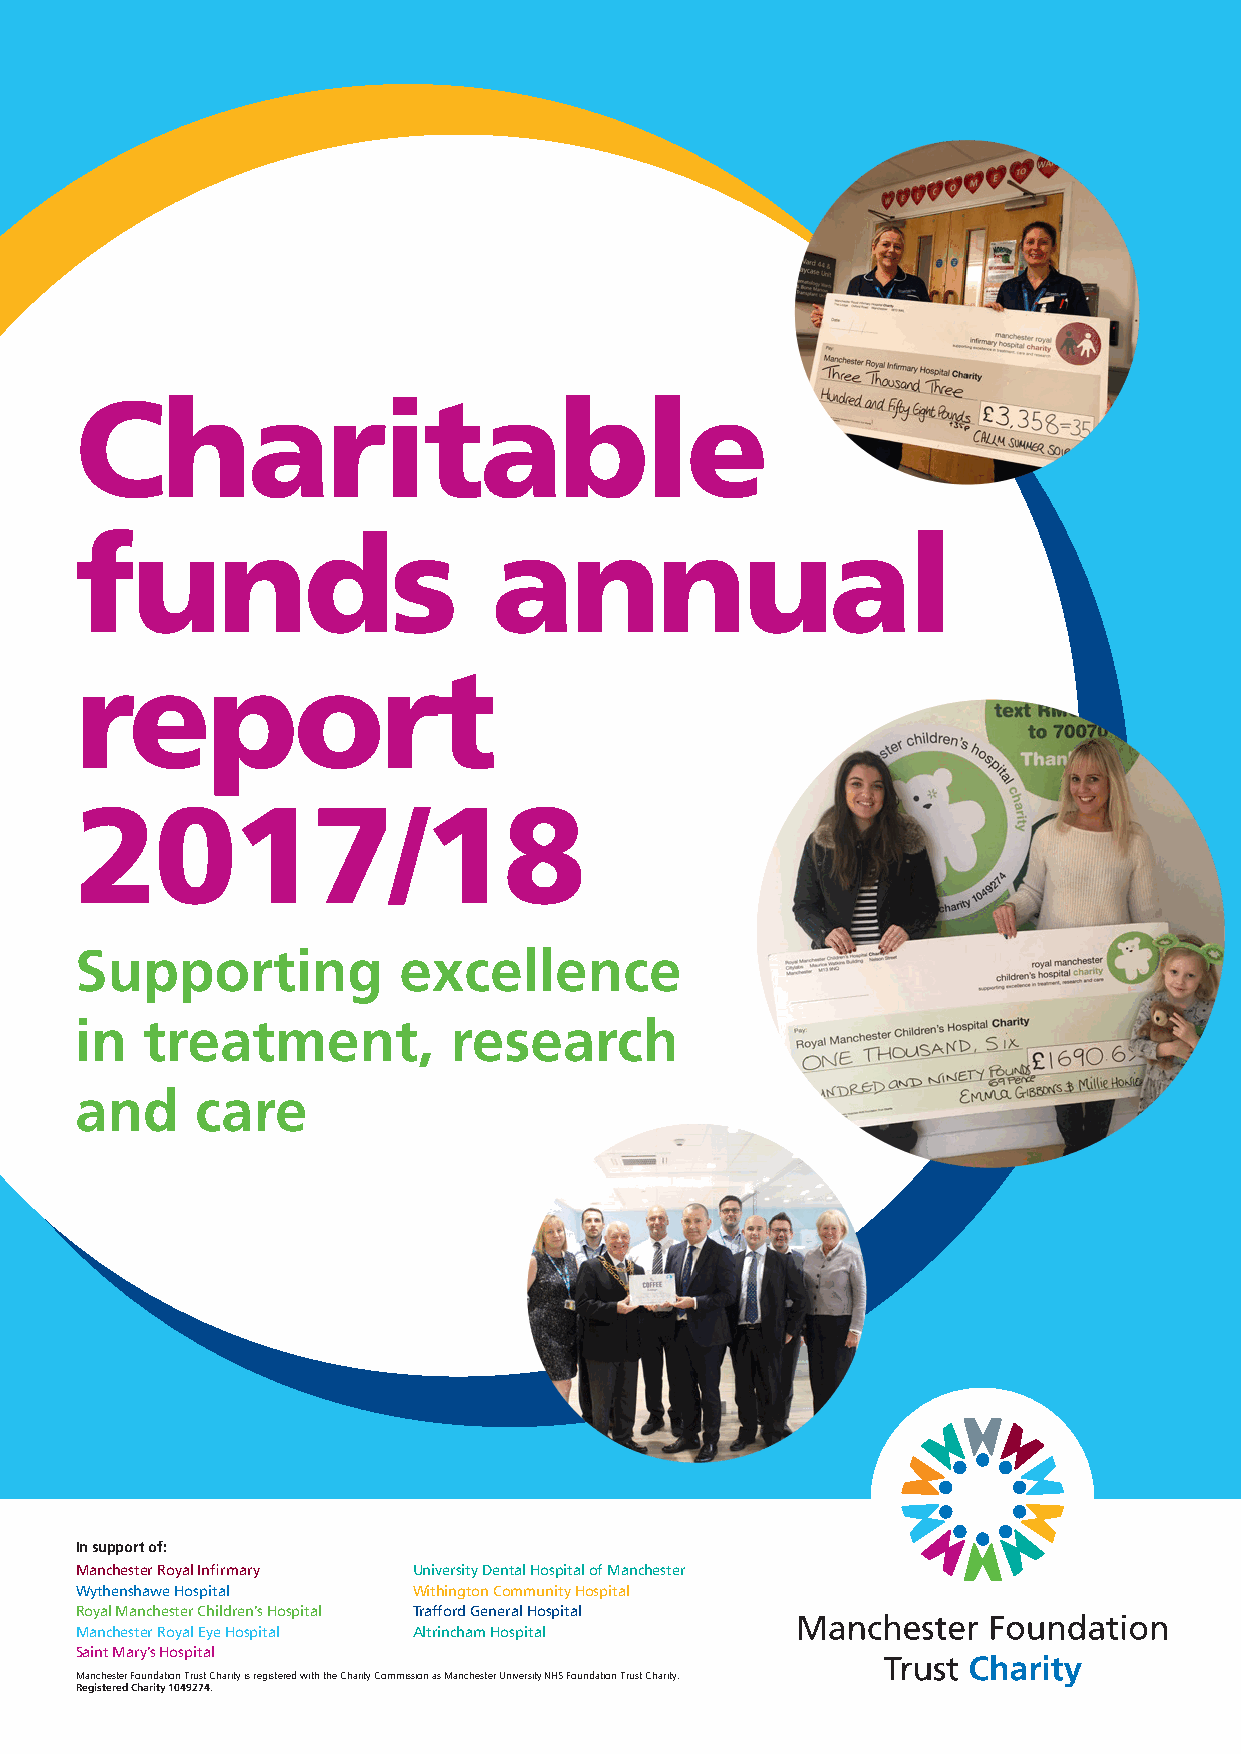
Charitable
 funds                       annual
 report
 2017/18
 Supporting           excellence
 in  treatment,           research
 and     care
 In support of:
 Manchester Royal Infirmary University Dental Hospital of Manchester
 Wythenshawe Hospital  Withington Community Hospital
 Royal Manchester Children’s Hospital Trafford General Hospital
 Manchester Royal Eye Hospital Altrincham Hospital
 Sai1nt Mary’s Hospital
 Manchester Foundation Trust Charity is registered with the Charity Commission as Manchester University NHS Foundation Trust Charity.
 Registered Charity 1049274.